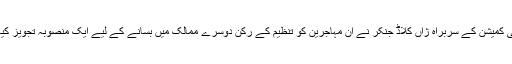
یورپی کمیشن کے سربراہ ژاں کلاڈ جنکر نے ان مہاجرین کو تنظیم کے رکن دوسرے ممالک میں بسانے کے لیے ایک منصوبہ تجویز کیا ہے۔